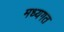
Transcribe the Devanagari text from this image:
मध्यगत